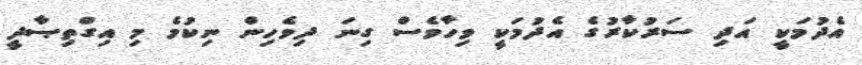
އެދުމަކީ އަދި ސަރުކާރުގެ އެދުމަކީ ވިހާވެސް ގިނަ ދިވެހިން ނިކުމެ މި އިގްތިޞާދީ